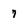
Character: 7